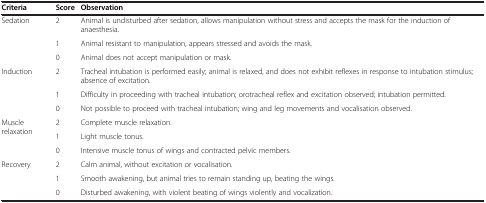
| Criteria | Score | Observation |
 | --- | --- | --- |
 | <ROWSPAN=3> Sedation | 2 | Animal is undisturbed after sedation, allows manipulation without stress and accepts the mask for the induction of anaesthesia. |
 | 1 | Animal resistant to manipulation, appears stressed and avoids the mask. |
 | 0 | Animal does not accept manipulation or mask. |
 | <ROWSPAN=3> Induction | 2 | Tracheal intubation is performed easily; animal is relaxed, and does not exhibit reflexes in response to intubation stimulus; absence of excitation. |
 | 1 | Difficulty in proceeding with tracheal intubation; orotracheal reflex and excitation observed; intubation permitted. |
 | 0 | Not possible to proceed with tracheal intubation; wing and leg movements and vocalisation observed. |
 | <ROWSPAN=3> Muscle relaxation | 2 | Complete muscle relaxation. |
 | 1 | Light muscle tonus. |
 | 0 | Intensive muscle tonus of wings and contracted pelvic members. |
 | <ROWSPAN=3> Recovery | 2 | Calm animal, without excitation or vocalisation. |
 | 1 | Smooth awakening, but animal tries to remain standing up, beating the wings. |
 | 0 | Disturbed awakening, with violent beating of wings violently and vocalization. |